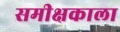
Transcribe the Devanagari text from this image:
समीक्षकाला